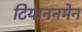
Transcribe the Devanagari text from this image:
टियाननमेन